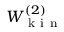
W _ { \mathrm { ~ k ~ i ~ n ~ } } ^ { ( 2 ) }